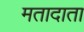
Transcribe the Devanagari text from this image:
मतादाता